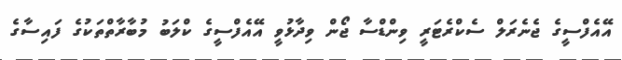
އޭއެފްސީގެ ޖެނެރަލް ސެކްރެޓަރީ ވިންޑްސާ ޖޯން ވިދާޅުވީ އޭއެފްސީގެ ކްލަބު މުބާރާތްތަކުގެ ފައިސާގެ